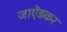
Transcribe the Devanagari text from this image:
जाऐंड़कर